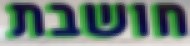
חושבת